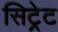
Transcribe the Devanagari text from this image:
सिट्रेट